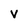
Character: V